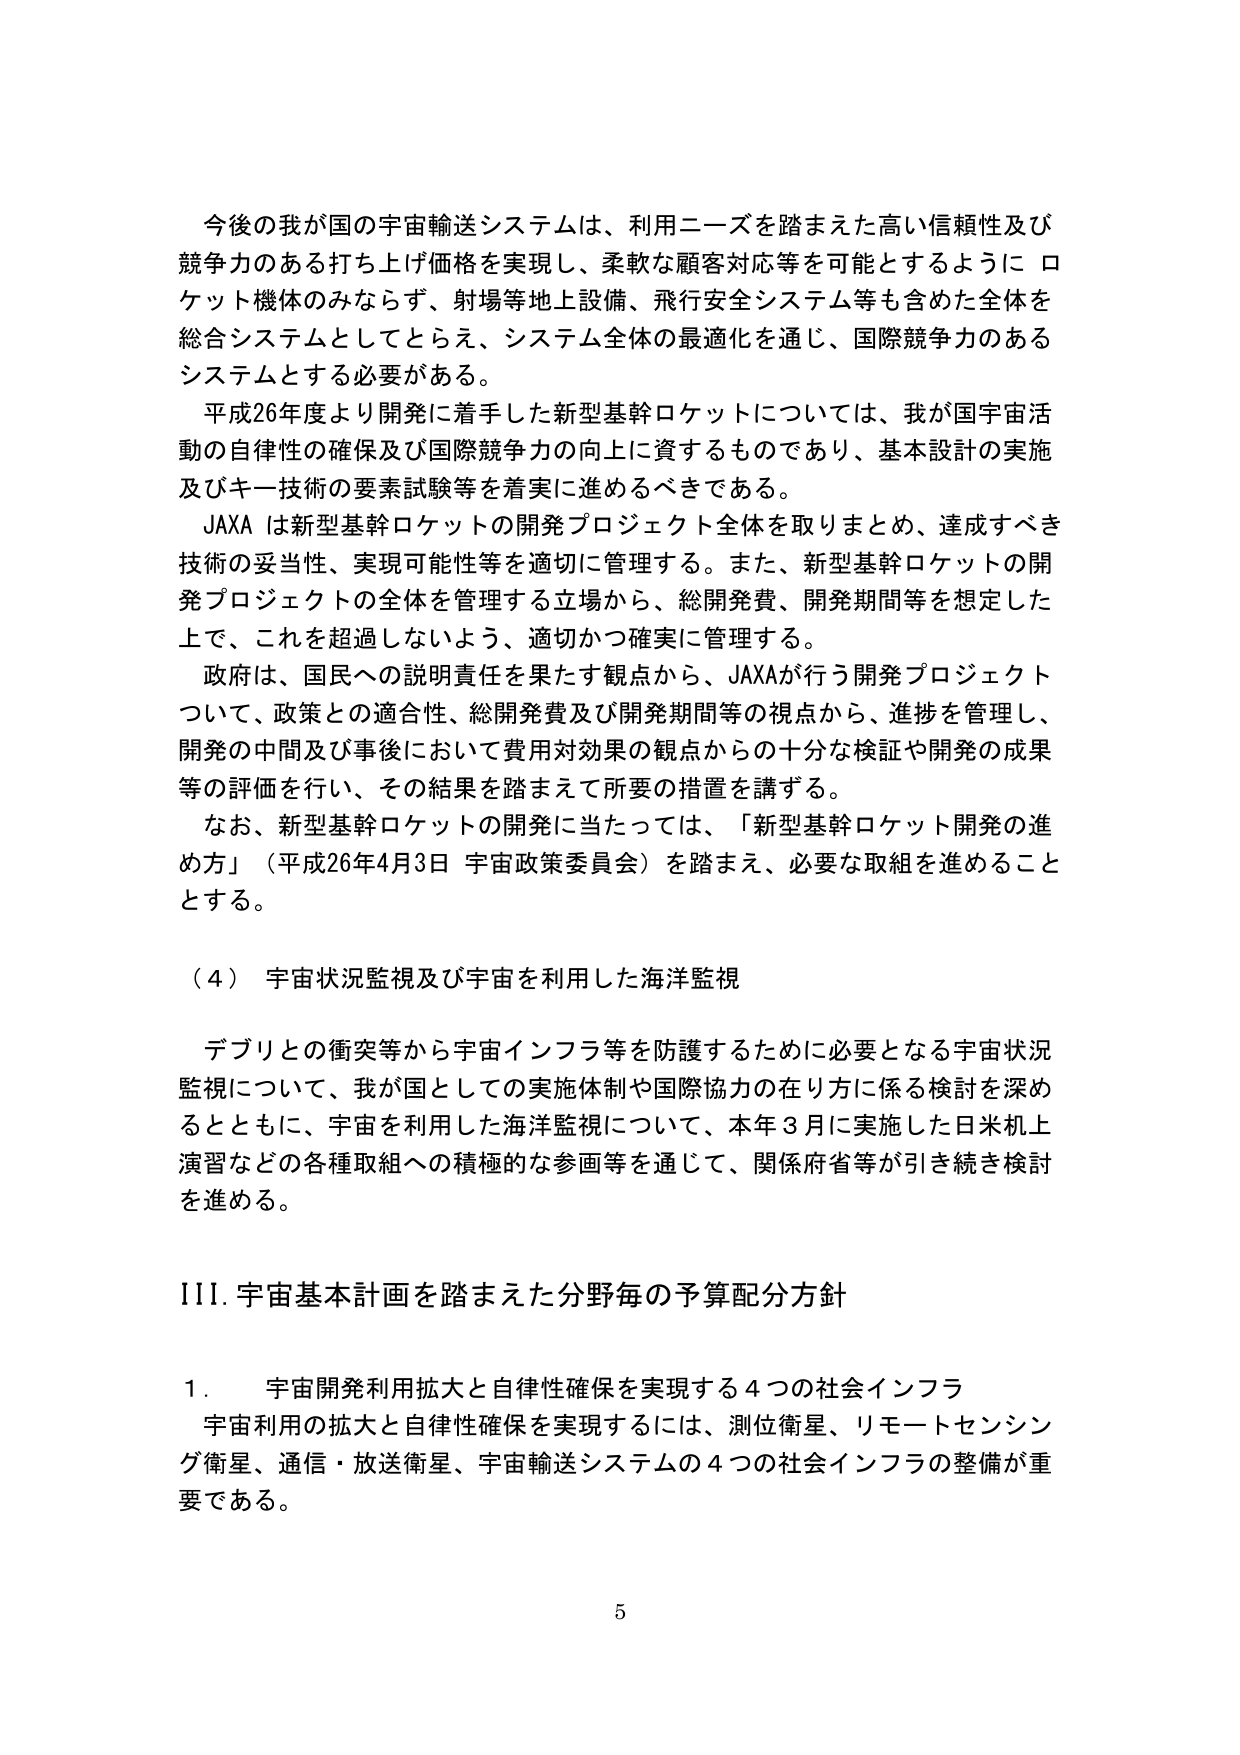
今後の我が国の宇宙輸送システムは、利用ニーズを踏まえた高い信頼性及び競争力のある打ち上げ価格を実現し、柔軟な顧客対応等を可能とするようにロケット機体のみならず、射場等地上設備、飛行安全システム等も含めた全体を総合システムとしてとらえ、システム全体の最適化を通じ、国際競争力のあるシステムとする必要がある。

平成26年度より開発に着手した新型基幹ロケットについては、我が国宇宙活動の自律性の確保及び国際競争力の向上に資するものであり、基本設計の実施及びキー技術の要素試験等を着実に進めるべきである。

JAXAは新型基幹ロケットの開発プロジェクト全体を取りまとめ、達成すべき技術の妥当性、実現可能性等を適切に管理する。また、新型基幹ロケットの開発プロジェクトの全体を管理する立場から、総開発費、開発期間等を想定した上で、これを超過しないよう、適切かつ確実に管理する。

政府は、国民への説明責任を果たす観点から、JAXAが行う開発プロジェクトについて、政策との適合性、総開発費及び開発期間等の視点から、進捗を管理し、開発の中間及び事後において費用対効果の観点からの十分な検証や開発の成果等の評価を行い、その結果を踏まえて所要の措置を講ずる。

なお、新型基幹ロケットの開発に当たっては、「新型基幹ロケット開発の進め方」（平成26年4月3日 宇宙政策委員会）を踏まえ、必要な取組を進めることとする。

（４）宇宙状況監視及び宇宙を利用した海洋監視

デブリとの衝突等から宇宙インフラ等を防護するために必要となる宇宙状況監視について、我が国としての実施体制や国際協力の在り方に係る検討を深めるとともに、宇宙を利用した海洋監視について、本年３月に実施した日米机上演習などの各種取組への積極的な参画等を通じて、関係府省等が引き続き検討を進める。

III. 宇宙基本計画を踏まえた分野毎の予算配分方針

１．宇宙開発利用拡大と自律性確保を実現する４つの社会インフラ

宇宙利用の拡大と自律性確保を実現するには、測位衛星、リモートセンシング衛星、通信・放送衛星、宇宙輸送システムの４つの社会インフラの整備が重要である。

5